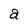
Character: a